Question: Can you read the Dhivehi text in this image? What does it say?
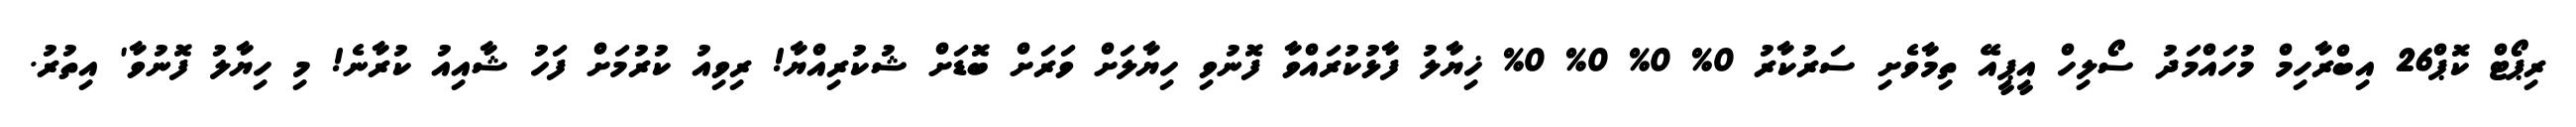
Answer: ރިޕޯޓް ކޮޕް26 އިބްރާހިމް މުހައްމަދު ސޯލިހް އީޕީއޭ ތިމާވެށި ސަރުކާރު 0% 0% 0% 0% ޚިޔާލު ފާޅުކުރައްވާ ފޮނުވި ހިޔާލަށް ވަރަށް ބޮޑަށް ޝުކުރިއްޔާ! ރިވިއު ކުރުމަށް ފަހު ޝާއިއު ކުރާނެ! މި ހިޔާލު ފޮނުވާ' އިތުރު.